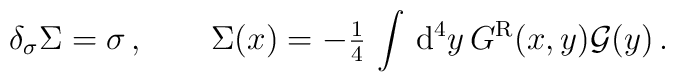
\delta_{\sigma} \Sigma = \sigma \, , \qquad\Sigma(x) = -{\textstyle \frac{1}{4}} \,\int \, {\rm d}^4y \, G^{\rm R}(x,y){\cal G} (y) \, .